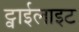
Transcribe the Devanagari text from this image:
ट्वाईलाइट